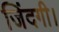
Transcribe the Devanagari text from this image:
जिंदगी।